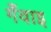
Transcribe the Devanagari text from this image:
गँवाइ